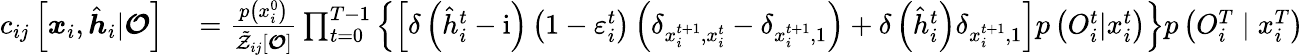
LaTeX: \begin{array}{rl}{c_{ij}\left[\boldsymbol{x}_{i},\hat{\boldsymbol{h}}_{i}|\boldsymbol{\mathcal{O}}\right]}&{{}=\frac{p\left(x_{i}^{0}\right)}{\tilde{\mathcal{Z}}_{ij}[\boldsymbol{\mathcal{O}}]}\prod_{t=0}^{T-1}\left\{ \left[\delta\left(\hat{h}_{i}^{t}-\mathrm{i}\right)\left(1-\varepsilon_{i}^{t}\right)\left(\delta_{x_{i}^{t+1},x_{i}^{t}}-\delta_{x_{i}^{t+1},1}\right)+\delta\left(\hat{h}_{i}^{t}\right)\delta_{x_{i}^{t+1},1}\right]p\left({O}_{i}^{t}|x_{i}^{t}\right)\right\} p\left({O}_{i}^{T}\mid x_{i}^{T}\right)}\end{array}